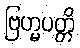
ဗြဟ္မပတ္တိ